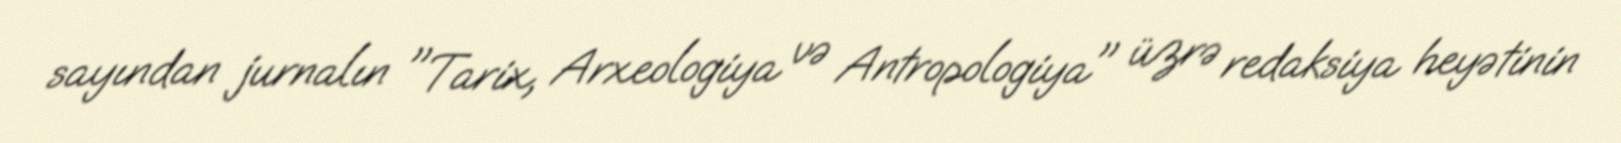
sayından jurnalın "Tarix, Arxeologiya və Antropologiya" üzrə redaksiya heyətinin